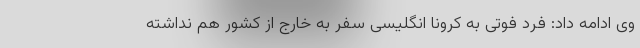
وی ادامه داد: فرد فوتی به کرونا انگلیسی سفر به خارج از کشور هم نداشته